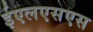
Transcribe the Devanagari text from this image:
ईएलएसएस